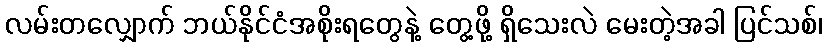
လမ်းတလျှောက် ဘယ်နိုင်ငံအစိုးရတွေနဲ့ တွေ့ဖို့ ရှိသေးလဲ မေးတဲ့အခါ ပြင်သစ်၊